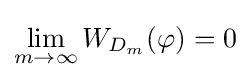
\lim _{m\to \infty }W_{D_{m}}(\varphi )=0